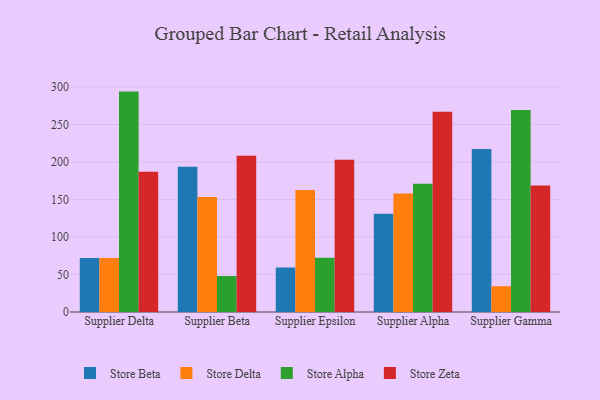
{"axis": {"x": "Supplier", "y": "Humidity (%)"}, "legend": ["Store Alpha", "Store Beta", "Store Delta", "Store Zeta"], "data": [{"x": "Supplier Delta", "y": 72.0, "type": "Store Beta"}, {"x": "Supplier Delta", "y": 72.1, "type": "Store Delta"}, {"x": "Supplier Delta", "y": 293.9, "type": "Store Alpha"}, {"x": "Supplier Delta", "y": 186.9, "type": "Store Zeta"}, {"x": "Supplier Beta", "y": 193.6, "type": "Store Beta"}, {"x": "Supplier Beta", "y": 153.3, "type": "Store Delta"}, {"x": "Supplier Beta", "y": 48.0, "type": "Store Alpha"}, {"x": "Supplier Beta", "y": 208.2, "type": "Store Zeta"}, {"x": "Supplier Epsilon", "y": 59.4, "type": "Store Beta"}, {"x": "Supplier Epsilon", "y": 162.7, "type": "Store Delta"}, {"x": "Supplier Epsilon", "y": 72.5, "type": "Store Alpha"}, {"x": "Supplier Epsilon", "y": 202.9, "type": "Store Zeta"}, {"x": "Supplier Alpha", "y": 131.1, "type": "Store Beta"}, {"x": "Supplier Alpha", "y": 158.1, "type": "Store Delta"}, {"x": "Supplier Alpha", "y": 171.1, "type": "Store Alpha"}, {"x": "Supplier Alpha", "y": 267.0, "type": "Store Zeta"}, {"x": "Supplier Gamma", "y": 217.2, "type": "Store Beta"}, {"x": "Supplier Gamma", "y": 34.4, "type": "Store Delta"}, {"x": "Supplier Gamma", "y": 269.4, "type": "Store Alpha"}, {"x": "Supplier Gamma", "y": 168.7, "type": "Store Zeta"}]}